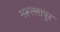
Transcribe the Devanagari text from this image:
नरूल्लापुर